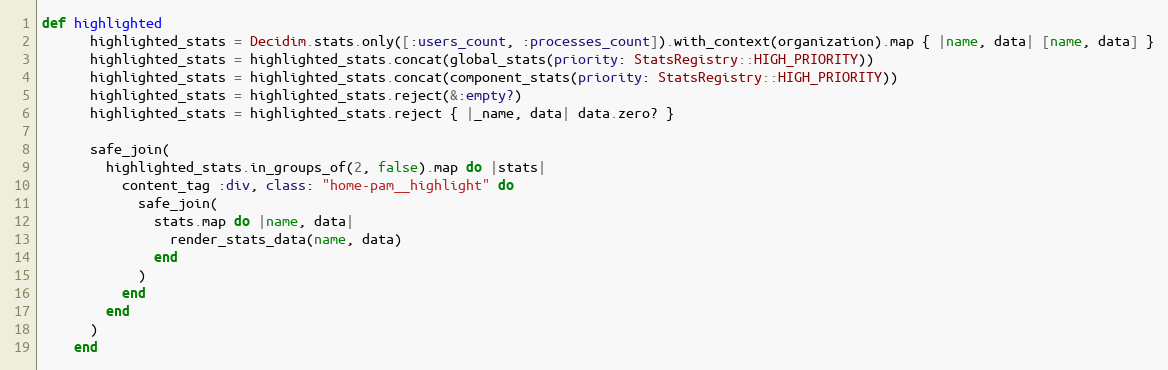
Language: Ruby
def highlighted
      highlighted_stats = Decidim.stats.only([:users_count, :processes_count]).with_context(organization).map { |name, data| [name, data] }
      highlighted_stats = highlighted_stats.concat(global_stats(priority: StatsRegistry::HIGH_PRIORITY))
      highlighted_stats = highlighted_stats.concat(component_stats(priority: StatsRegistry::HIGH_PRIORITY))
      highlighted_stats = highlighted_stats.reject(&:empty?)
      highlighted_stats = highlighted_stats.reject { |_name, data| data.zero? }

      safe_join(
        highlighted_stats.in_groups_of(2, false).map do |stats|
          content_tag :div, class: "home-pam__highlight" do
            safe_join(
              stats.map do |name, data|
                render_stats_data(name, data)
              end
            )
          end
        end
      )
    end